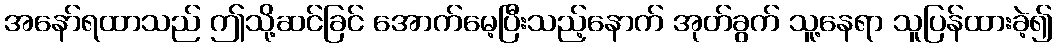
အနော်ရထာသည် ဤသို့ဆင်ခြင် အောက်မေ့ပြီးသည့်နောက် အုတ်ခွက် သူ့နေရာ သူပြန်ထားခဲ့၍